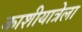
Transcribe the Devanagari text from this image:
काशीयात्रेला